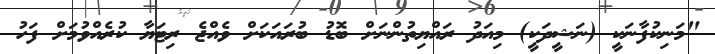
"މަނިކުފާނަކީ (ނަޝީދަކީ) މިއަދު ރައްޔިތުންނަށް ބޮޑު ބުރައަކަށް ވެއްޖެ ރިޓަޔާ ކުރެއްވުމަށް ފަހު